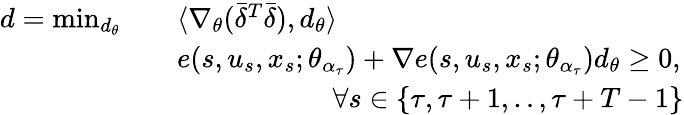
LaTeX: \begin{array}{rl}{d=\operatorname*{min}_{d_{\theta}}\quad}&{\langle\nabla_{\theta}(\bar{\delta}^{T}\bar{\delta}),d_{\theta}\rangle}\\ &{e(s,u_{s},x_{s};\theta_{\alpha_{\tau}})+\nabla e(s,u_{s},x_{s};\theta_{\alpha_{\tau}})d_{\theta}\geq 0,}\\ &{\quad~~~~~~~~~~~~~~~~~~\forall s\in\{ \tau,\tau+1,..,\tau+T-1\} }\end{array}